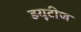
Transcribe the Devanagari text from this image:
डयूटीज